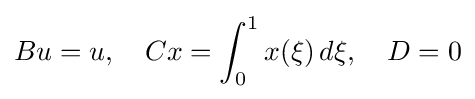
Bu=u,~~~Cx=\int _{0}^{1}x(\xi )\,d\xi ,~~~D=0